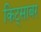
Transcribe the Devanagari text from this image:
किट्साबर